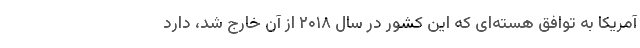
آمریکا به توافق هسته‌ای که این کشور در سال ۲۰۱۸ از آن خارج شد، دارد